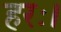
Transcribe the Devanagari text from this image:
हरः।